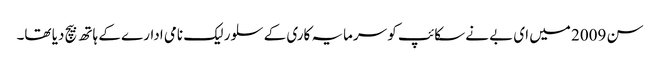
سن 2009 میں ای بے نے سکائپ کو سرمایہ کاری کے سلور لیک نامی ادارے کے ہاتھ بیچ دیا تھا۔